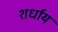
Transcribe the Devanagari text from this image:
शर्धाय